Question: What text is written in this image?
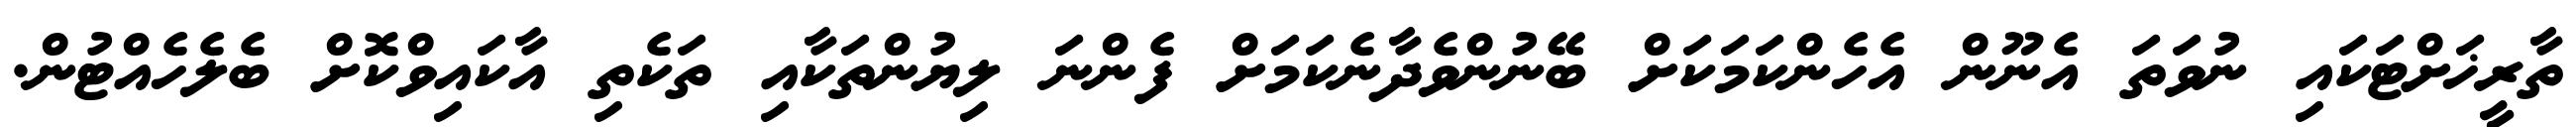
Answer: ތާރީޚަށްޓަކައި ނުވަތަ އެނޫން އެހެންކަމަކަށް ބޭނުންވެދާނެކަމަށް ފެންނަ ލިޔުންތަކާއި ތަކެތި އާކައިވްކޮށް ބެލެހެއްޓުން.